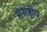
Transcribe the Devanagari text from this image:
सेराष्ट्रीय